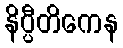
နိပ္ပီတိကေန